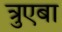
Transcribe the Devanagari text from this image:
त्रुएबा